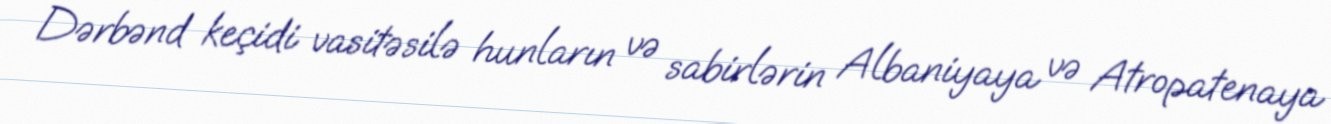
Dərbənd keçidi vasitəsilə hunların və sabirlərin Albaniyaya və Atropatenaya